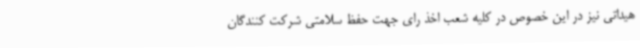
هیداتی نیز در این خصوص در کلیه شعب اخذ رای جهت حفظ سلامتی شرکت کنندگان